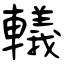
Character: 轙